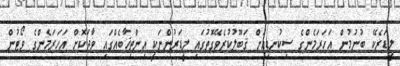
ލީޑަރެކޭ ބުނުމުން އަހަރަމެންގެ ސިކުނޑިއަށް ޤަބޫލުކުރެވޭގޮތުގައި ލީޑަރުންނަކީ އިންތިޚާބެއްގައި ވާދަކޮށް އަހަރަމެންގެ ވޯޓުން